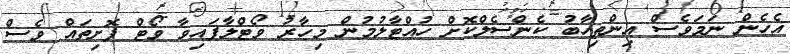
އެހެން ނަމަވެސް އިންތިހާބު ކެންސެލްކޮށް ހުއްޓާލުމުން މިހާރު ވޯޓްލާފައިވާ ވޯޓް ފޮށިތައް ވެސް